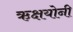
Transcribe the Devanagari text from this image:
ऋक्षयोनी